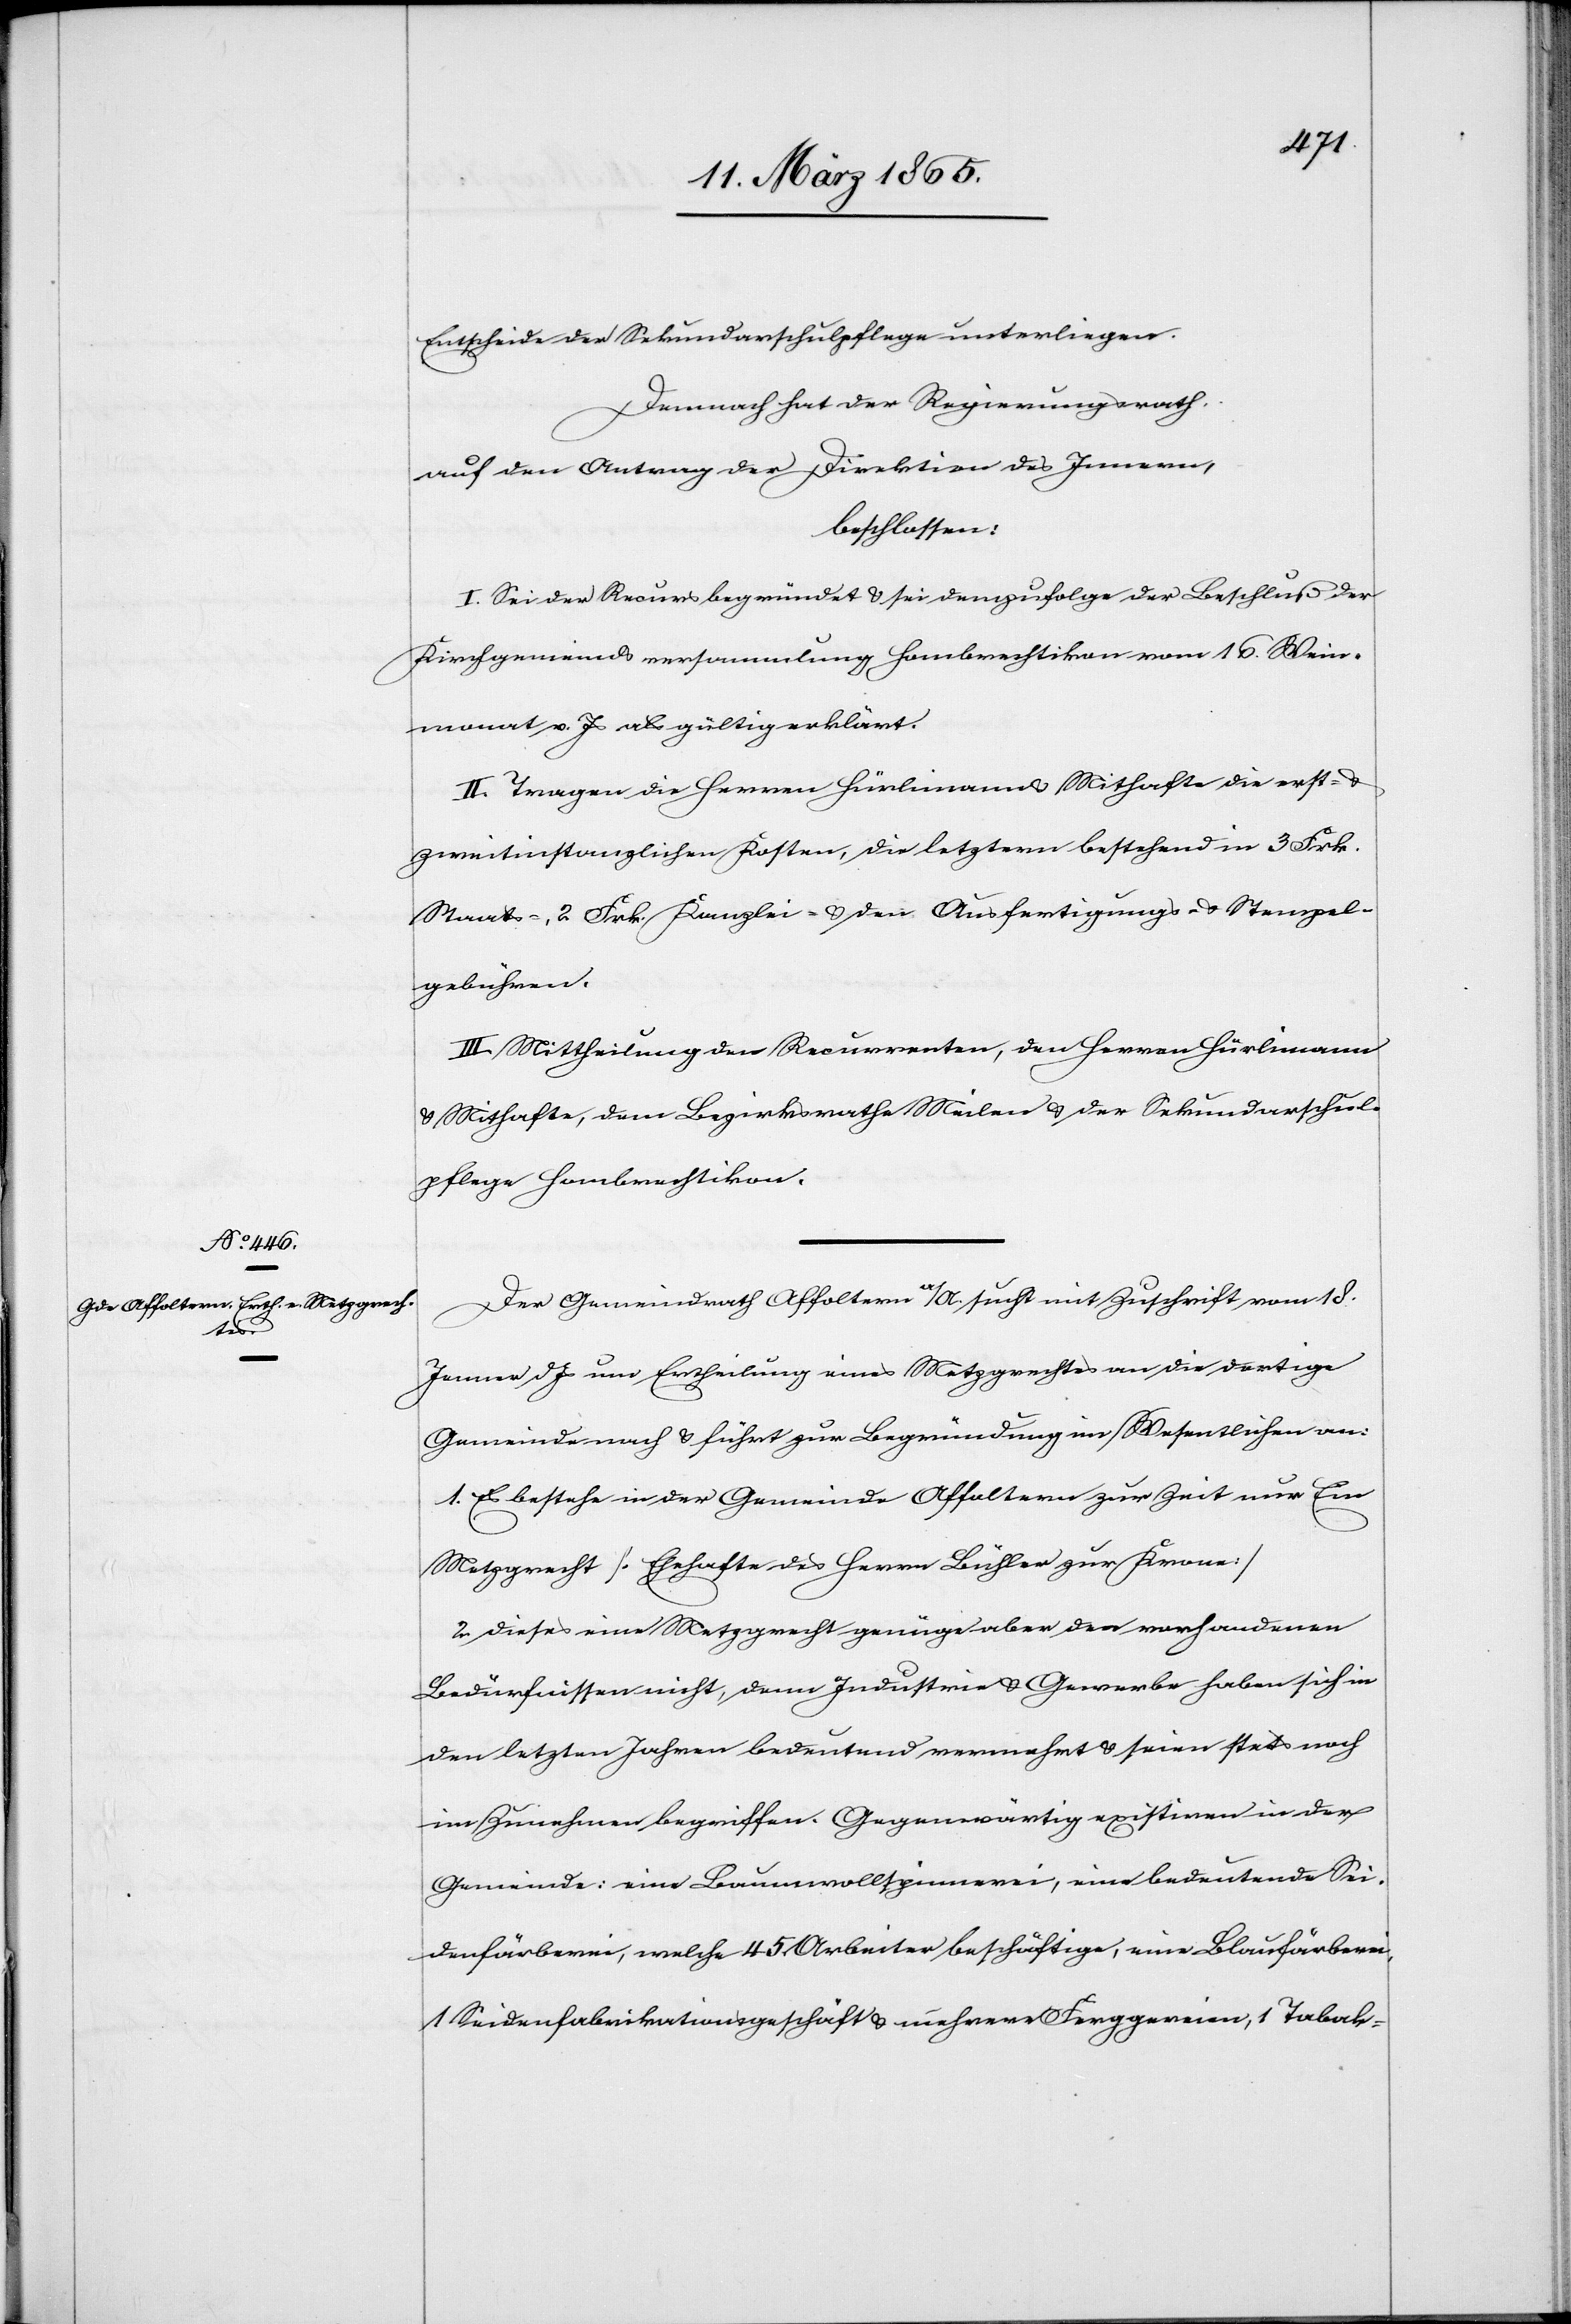
Entscheide der Sekundarschulpflege unterliegen.
Demnach hat der Regierungsrath,
auf den Antrag der Direktion des Innern,
beschlossen:
I. Sei der Recurs begründet u. sei demzufolge der Beschluß der
Kirchgemeindsversammlung Hombrechtikon vom 16. Wein¬
monat v. Js als gültig erklärt.
II. Tragen die Herren Hürlimann u. Mithafte die erst-
zweitinstanzlichen Kosten, die letztern bestehen in 3 Frk.
Staats-, 2 Frk. Kanzlei- u. den Ausfertigungs- u. Stempel¬
gebühren.
III. Mittheilung den Recurrenten, den Herren Hürlimann
u. Mithafte, dem Bezirksrathe Meilen u. der Sekundarschul¬
pflege Hombrechtikon.
Der Gemeindrath Affoltern a/A. sucht mit Zuschrift vom 18.
Jenner d Js um Ertheilung eines Metzgrechtes an die dortige
Gemeinde nach u. führt zur Begründung im Wesentlichen an:
1. Es bestehe in der Gemeinde Affoltern zur Zeit nur Ein
Meztgrecht [Ehehafte des Herrn Bühler zur Krone]
2. Dieses eine Metzgrecht genüge aber den vorhandenen
Bedürfnissen nicht, denn Industrie u. Gewerbe haben sich in
den letzten Jahren bedeutend vermehrt u. seien stets noch
im Zunehmen begriffen. Gegenwärtig existiren in der
Gemeinde: eine Baumwollspinnerei, eine bedeutende Sei¬
denfärberei, welche 45 Arbeiter beschäftige, eine Blaufärberei,
1 Seidenfabrikationsgeschäft u. mehrere Ferggereien, 1 Tabak-